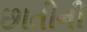
છાતીની